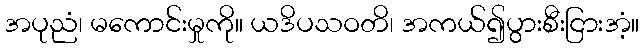
အပုညံ၊ မကောင်းမှုကို။ ယဒိပသဝတိ၊ အကယ်၍ပွားစီးငြားအံ့။